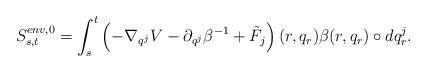
LaTeX: \begin{align*}S^{env,0}_{s,t}=\int_{s}^t \left(-\nabla_{q^j} V- \partial_{q^j}\beta^{-1}+\tilde F_j\right)(r,q_r) \beta (r,q_r)\circ dq^j_r.\end{align*}